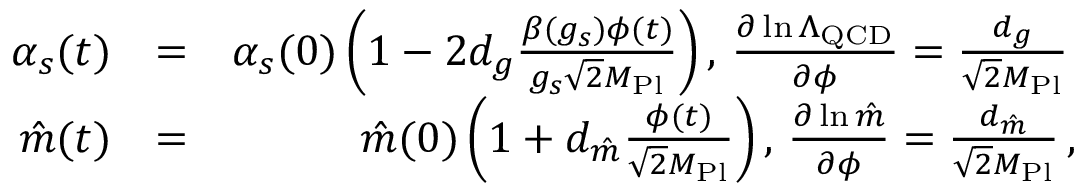
\begin{array} { r l r } { \! \! \alpha _ { s } ( t ) } & { = } & { \alpha _ { s } ( 0 ) \left( 1 - 2 d _ { g } \frac { \beta ( g _ { s } ) \phi ( t ) } { g _ { s } \sqrt { 2 } M _ { \mathrm { P l } } } \right) , \, \frac { \partial \ln \Lambda _ { \mathrm { Q C D } } } { \partial \phi } = \frac { d _ { g } } { \sqrt { 2 } M _ { \mathrm { P l } } } \, } \\ { \hat { m } ( t ) } & { = } & { \hat { m } ( 0 ) \left( 1 + d _ { \hat { m } } \frac { \phi ( t ) } { \sqrt { 2 } M _ { \mathrm { P l } } } \right) , \, \frac { \partial \ln \hat { m } } { \partial \phi } = \frac { d _ { \hat { m } } } { \sqrt { 2 } M _ { \mathrm { P l } } } \, , } \end{array}